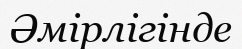
Әмірлігінде